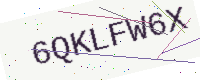
Text: 6QKLFW6X